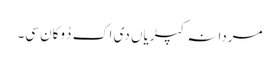
مردانہ کپڑیاں دی اک دُوکان سی۔